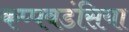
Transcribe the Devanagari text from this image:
कप्पवडंसिया